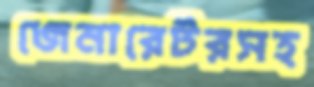
জেনারেটরসহ